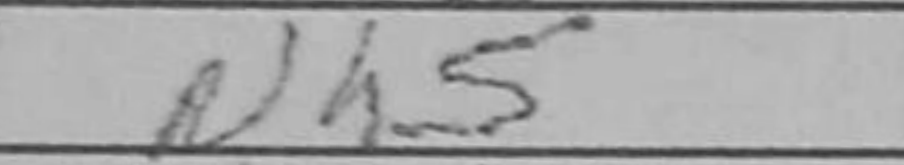
Transcription: Nh5